Madras plague regulations in force outside the Presidency town - Volume 1
Disease focus: Plague
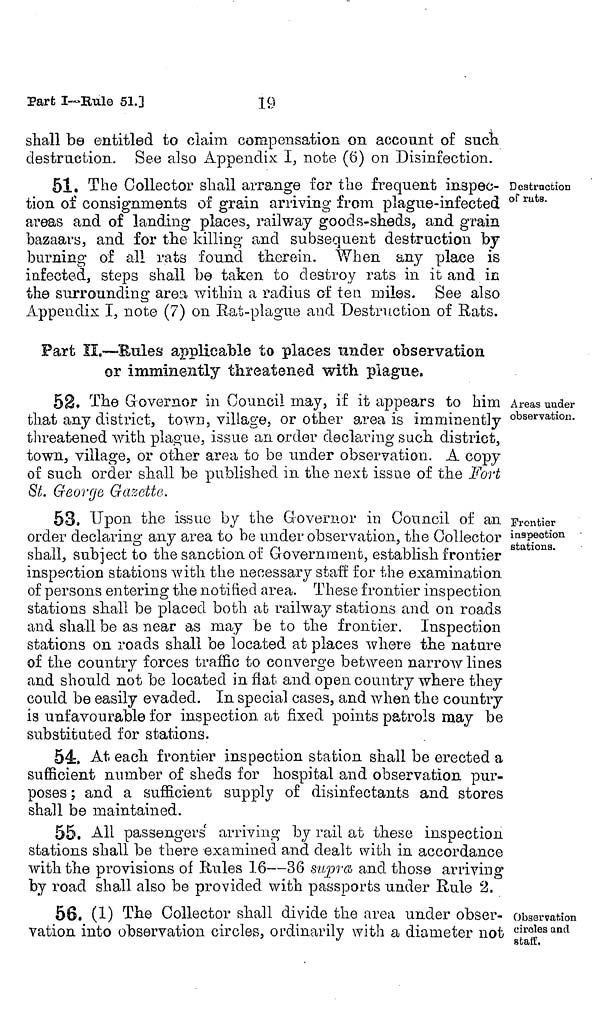
19
Part I—Rule 51.]
shall be entitled to claim compensation on account of such
destraction. See also Appendix I, note (6) on Disinfection.
Destruction
of ruts.
51. The Collector shall arrange for the frequent inspec-
tion of consignments of grain arriving from plague-infected
areas and of landing places, railway goods-sheds, and grain
bazaars, and for the killing and subsequent destruction by
burning of all rats found therein. When any place is
infected, steps shall be taken to destroy rats in it and in
the surrounding area within a radius of ten miles. See also
Appendix I, note (7) on Rat-plague and Destruction of Rats.
Fart II.—-Bules applicable to places under observation
or imminently threatened with plague.
Areas under
observation.
52. The Governor in Council may, if it appears to him
that any district, town, village, or other area is imminently
threatened with plague, issue an order declaring such district,
town, village, or other area to be under observation. A copy
of such order shall be published in. the next issue of the Fort
St. George Gazette.
Frontier
inspection
stations.
53. Upon the issue by the Governor in Council of an
order declaring any area to be under observation, the Collector
shall, subject to the sanction of Government, establish frontier
inspection stations with the necessary staff for the examination
of persons entering the notified area. These frontier inspection
stations shall be placed both at railway stations and on roads
and shall be as near as may be to the frontier. Inspection
stations on roads shall be located at places where the nature
of the country forces traffic to converge between narrow lines
and should not be located in flat and open country where they
could be easily evaded. In special cases, and when the country
is unfavourable for inspection at fixed points patrols may be
substituted for stations.
54. At each frontier inspection station shall be erected a
sufficient number of sheds for hospital and observation pur-
poses ; and a sufficient supply of disinfectants and stores
shall be maintained.
55. All passengers arriving by rail at these inspection
stations shall be there examined and dealt with in accordance
with the provisions of Rules 16—36 supra and those arriving
by road shall also be provided with passports under Rule 2.
Observation
circles and
staff,
56. (1) The Collector shall divide the area under obser-
vation into observation circles, ordinarily with a diameter not